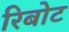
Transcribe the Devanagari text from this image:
रिबोट